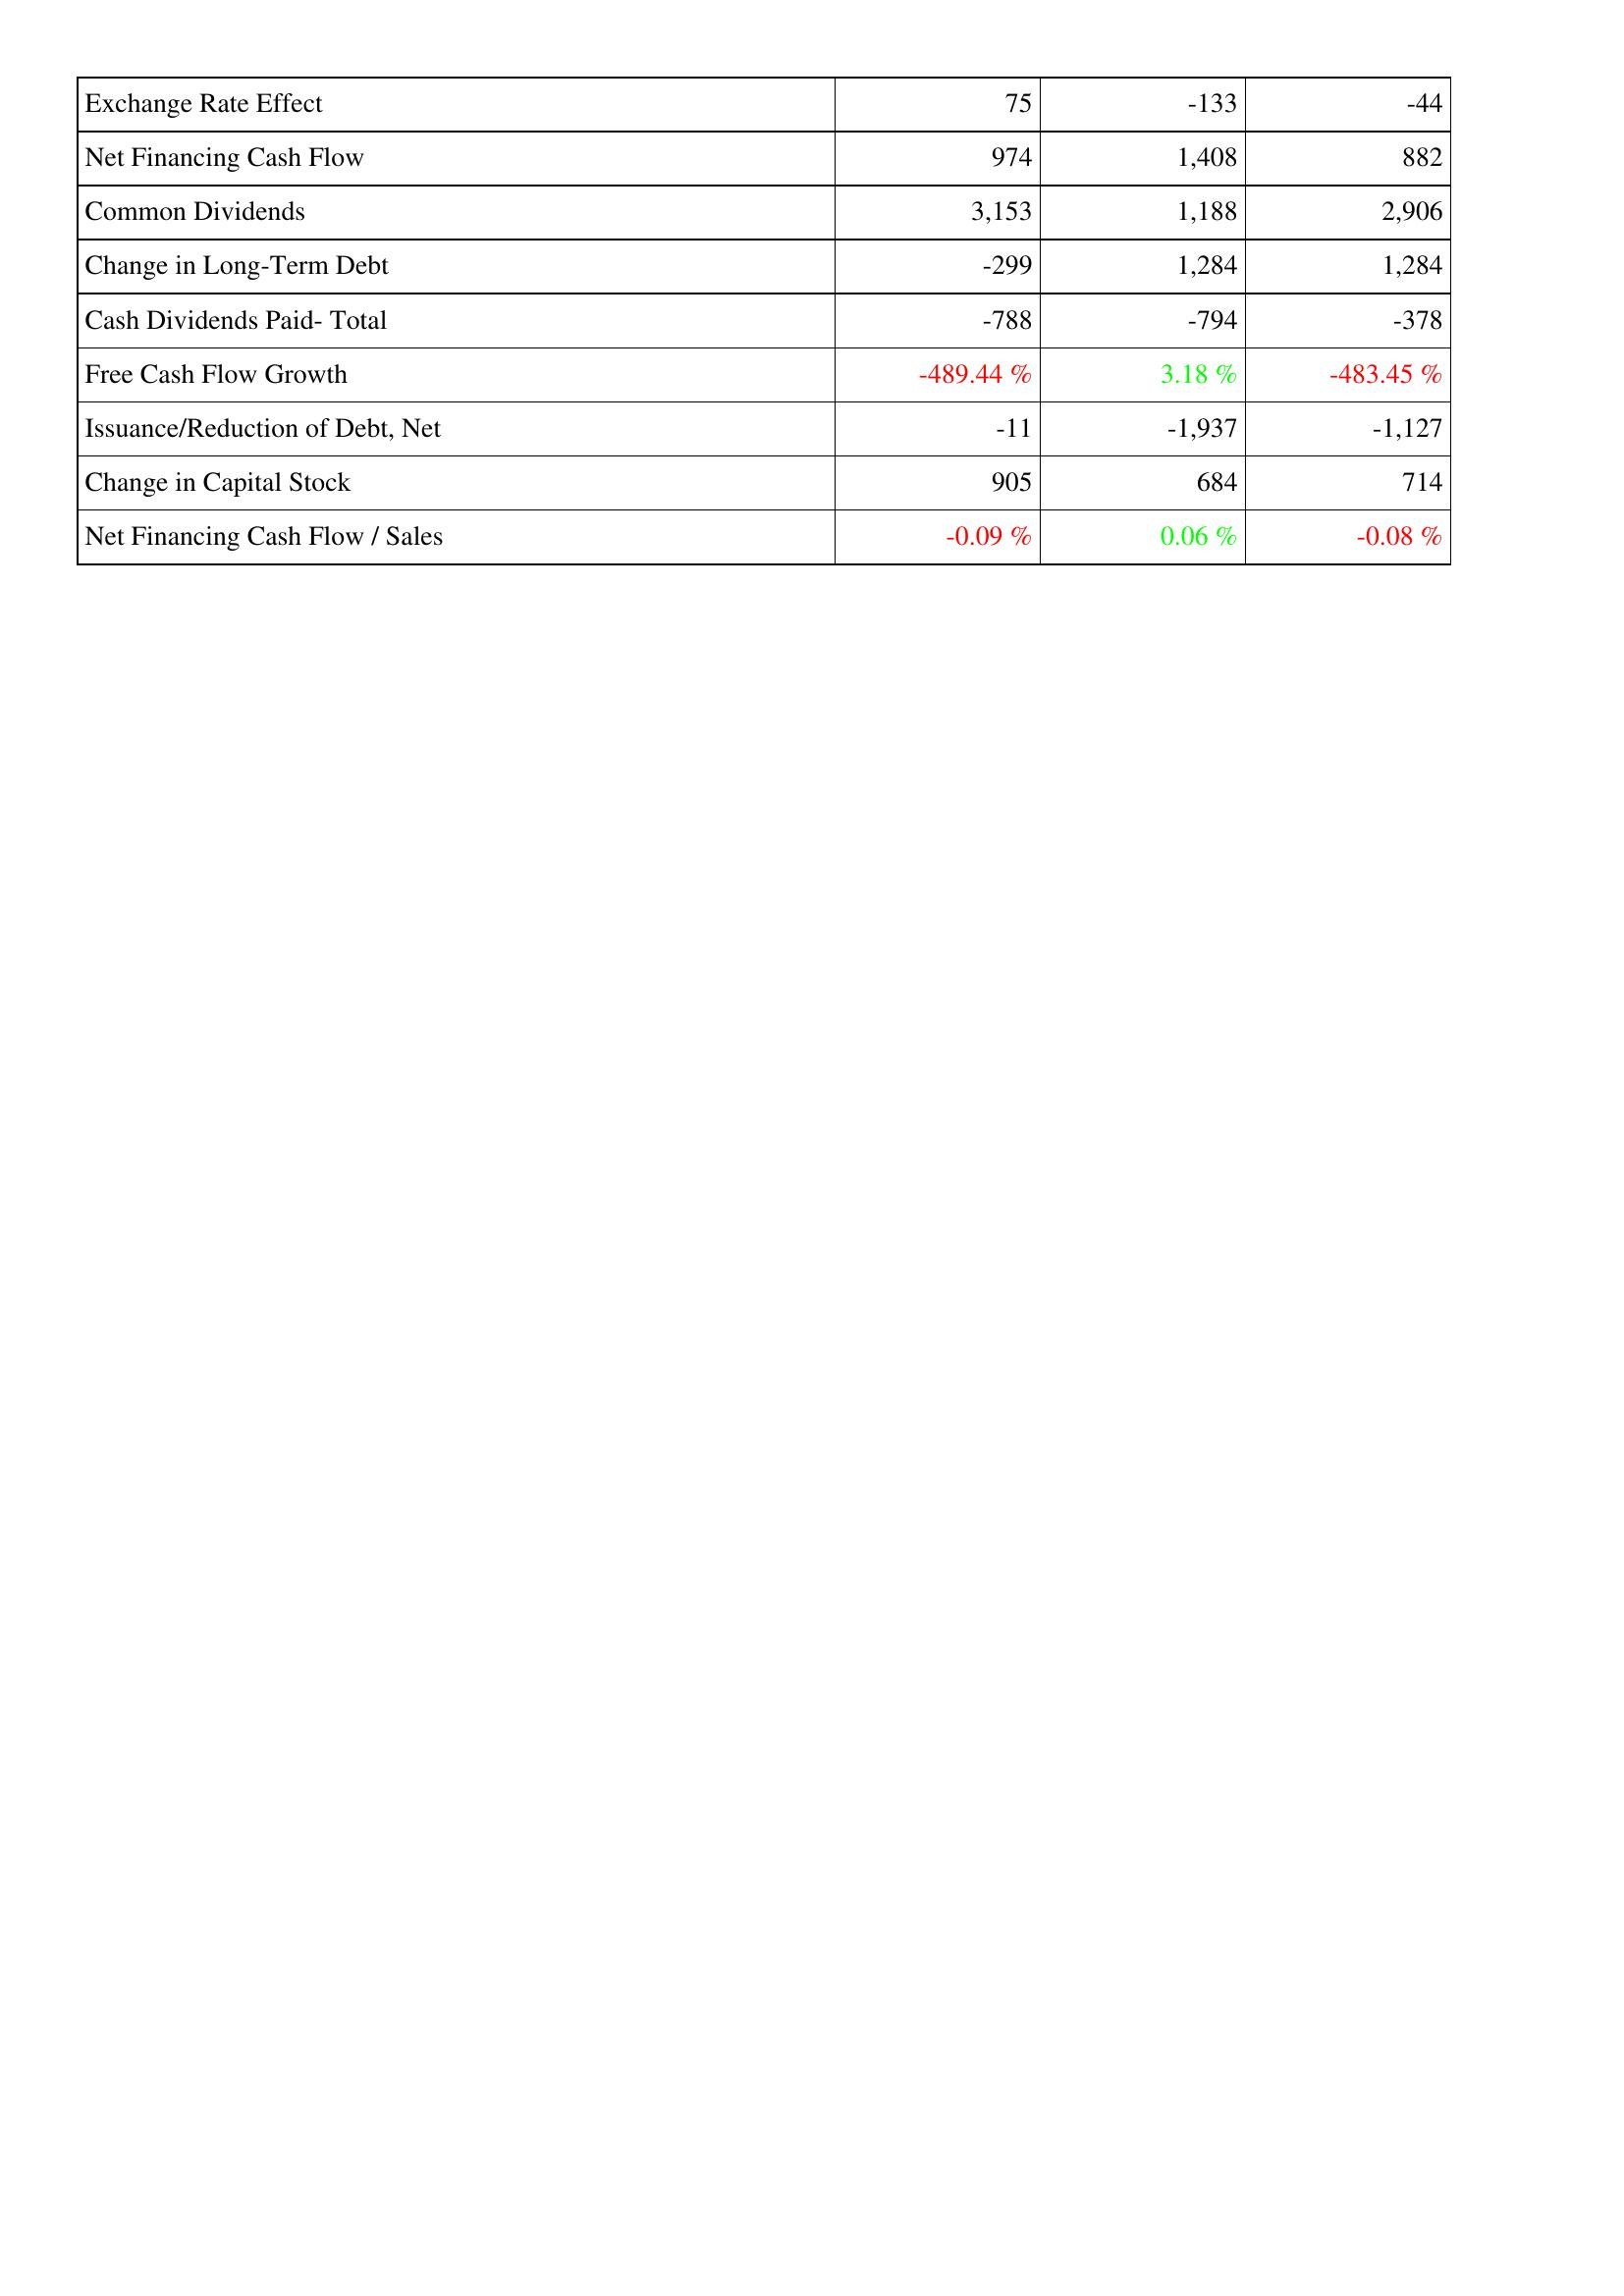
2015: Financing Activities: Exchange Rate Effect: 75
Net Financing Cash Flow: 974
Common Dividends: 3,153
Change in Long-Term Debt: -299
Cash Dividends Paid- Total: -788
Free Cash Flow Growth: -489.44 %
Issuance/Reduction of Debt, Net: -11
Change in Capital Stock: 905
Net Financing Cash Flow / Sales: -0.09 %
2014: Financing Activities: Exchange Rate Effect: -133
Net Financing Cash Flow: 1,408
Common Dividends: 1,188
Change in Long-Term Debt: 1,284
Cash Dividends Paid- Total: -794
Free Cash Flow Growth: 3.18 %
Issuance/Reduction of Debt, Net: -1,937
Change in Capital Stock: 684
Net Financing Cash Flow / Sales: 0.06 %
2013: Financing Activities: Exchange Rate Effect: -44
Net Financing Cash Flow: 882
Common Dividends: 2,906
Change in Long-Term Debt: 1,284
Cash Dividends Paid- Total: -378
Free Cash Flow Growth: -483.45 %
Issuance/Reduction of Debt, Net: -1,127
Change in Capital Stock: 714
Net Financing Cash Flow / Sales: -0.08 %